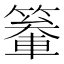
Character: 䉊